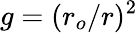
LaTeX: g=(r_{o}/r)^{2}